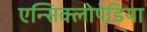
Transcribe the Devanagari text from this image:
एन्सिक्लोपेडिया